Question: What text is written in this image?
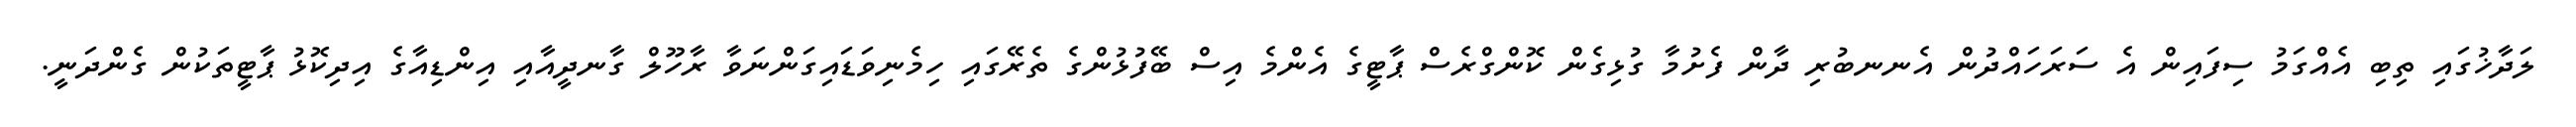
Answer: ލަދާޚުގައި ތިބި އެއްގަމު ސިފައިން އެ ސަރަހައްދުން އެނނބުރި ދާން ފެށުމާ ގުޅިގެން ކޮންގްރެސް ޕާޓީގެ އެންމެ އިސް ބޭފުޅުންގެ ތެރޭގައި ހިމެނިވަޑައިގަންނަވާ ރާހޫލް ގާނދީއާއި އިންޑިއާގެ އިދިކޮޅު ޕާޓީތަކުން ގެންދަނީ.